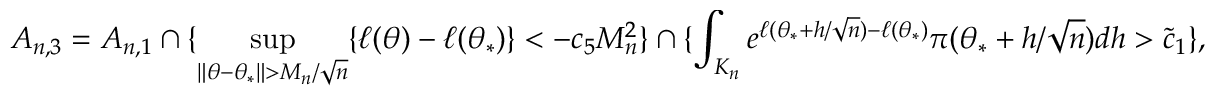
A _ { n , 3 } = A _ { n , 1 } \cap \{ \operatorname* { s u p } _ { \| \theta - \theta _ { * } \| > M _ { n } / \sqrt { n } } \{ \ell ( \theta ) - \ell ( \theta _ { * } ) \} < - c _ { 5 } M _ { n } ^ { 2 } \} \cap \smash { \{ \int _ { K _ { n } } e ^ { \ell ( \theta _ { * } + h / \sqrt { n } ) - \ell ( \theta _ { * } ) } \pi ( \theta _ { * } + h / \sqrt { n } ) d h > \tilde { c } _ { 1 } \} , }